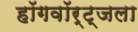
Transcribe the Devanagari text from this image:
हॉगवॉर्ट्‌जला